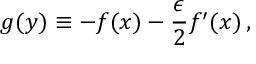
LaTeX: g ( y ) \equiv - f ( x ) - \frac { \epsilon } { 2 } f ^ { \prime } ( x ) \, ,